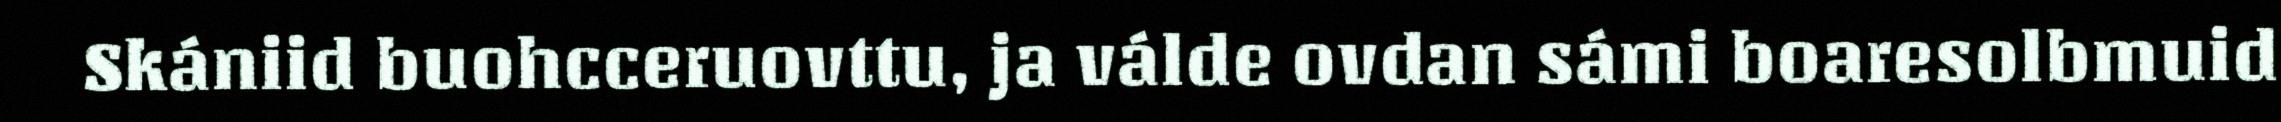
Skániid buohcceruovttu, ja válde ovdan sámi boaresolbmuid